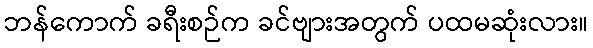
ဘန်ကောက် ခရီးစဉ်က ခင်ဗျားအတွက် ပထမဆုံးလား။